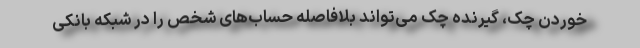
خوردن چک، گیرنده چک می‌تواند بلافاصله حساب‌های شخص را در شبکه بانکی